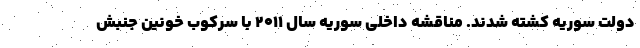
دولت سوریه کشته شدند. مناقشه داخلی سوریه سال ۲۰۱۱ با سرکوب خونین جنبش